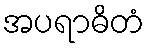
အပရာဓိတံ